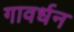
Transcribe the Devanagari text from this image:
गावर्धन